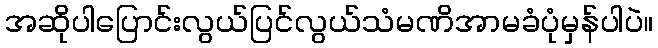
အဆိုပါပြောင်းလွယ်ပြင်လွယ်သံမဏိအာမခံပုံမှန်ပါပဲ။